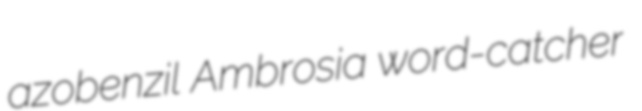
azobenzil Ambrosia word-catcher